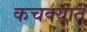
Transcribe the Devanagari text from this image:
कचक्यात